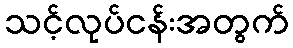
သင့်လုပ်ငန်းအတွက်